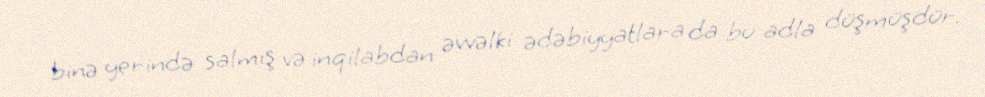
binə yerində salmış və inqilabdan əvvəlki ədəbiyyatlara da bu adla düşmüşdür.